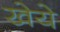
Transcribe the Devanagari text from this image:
खेये